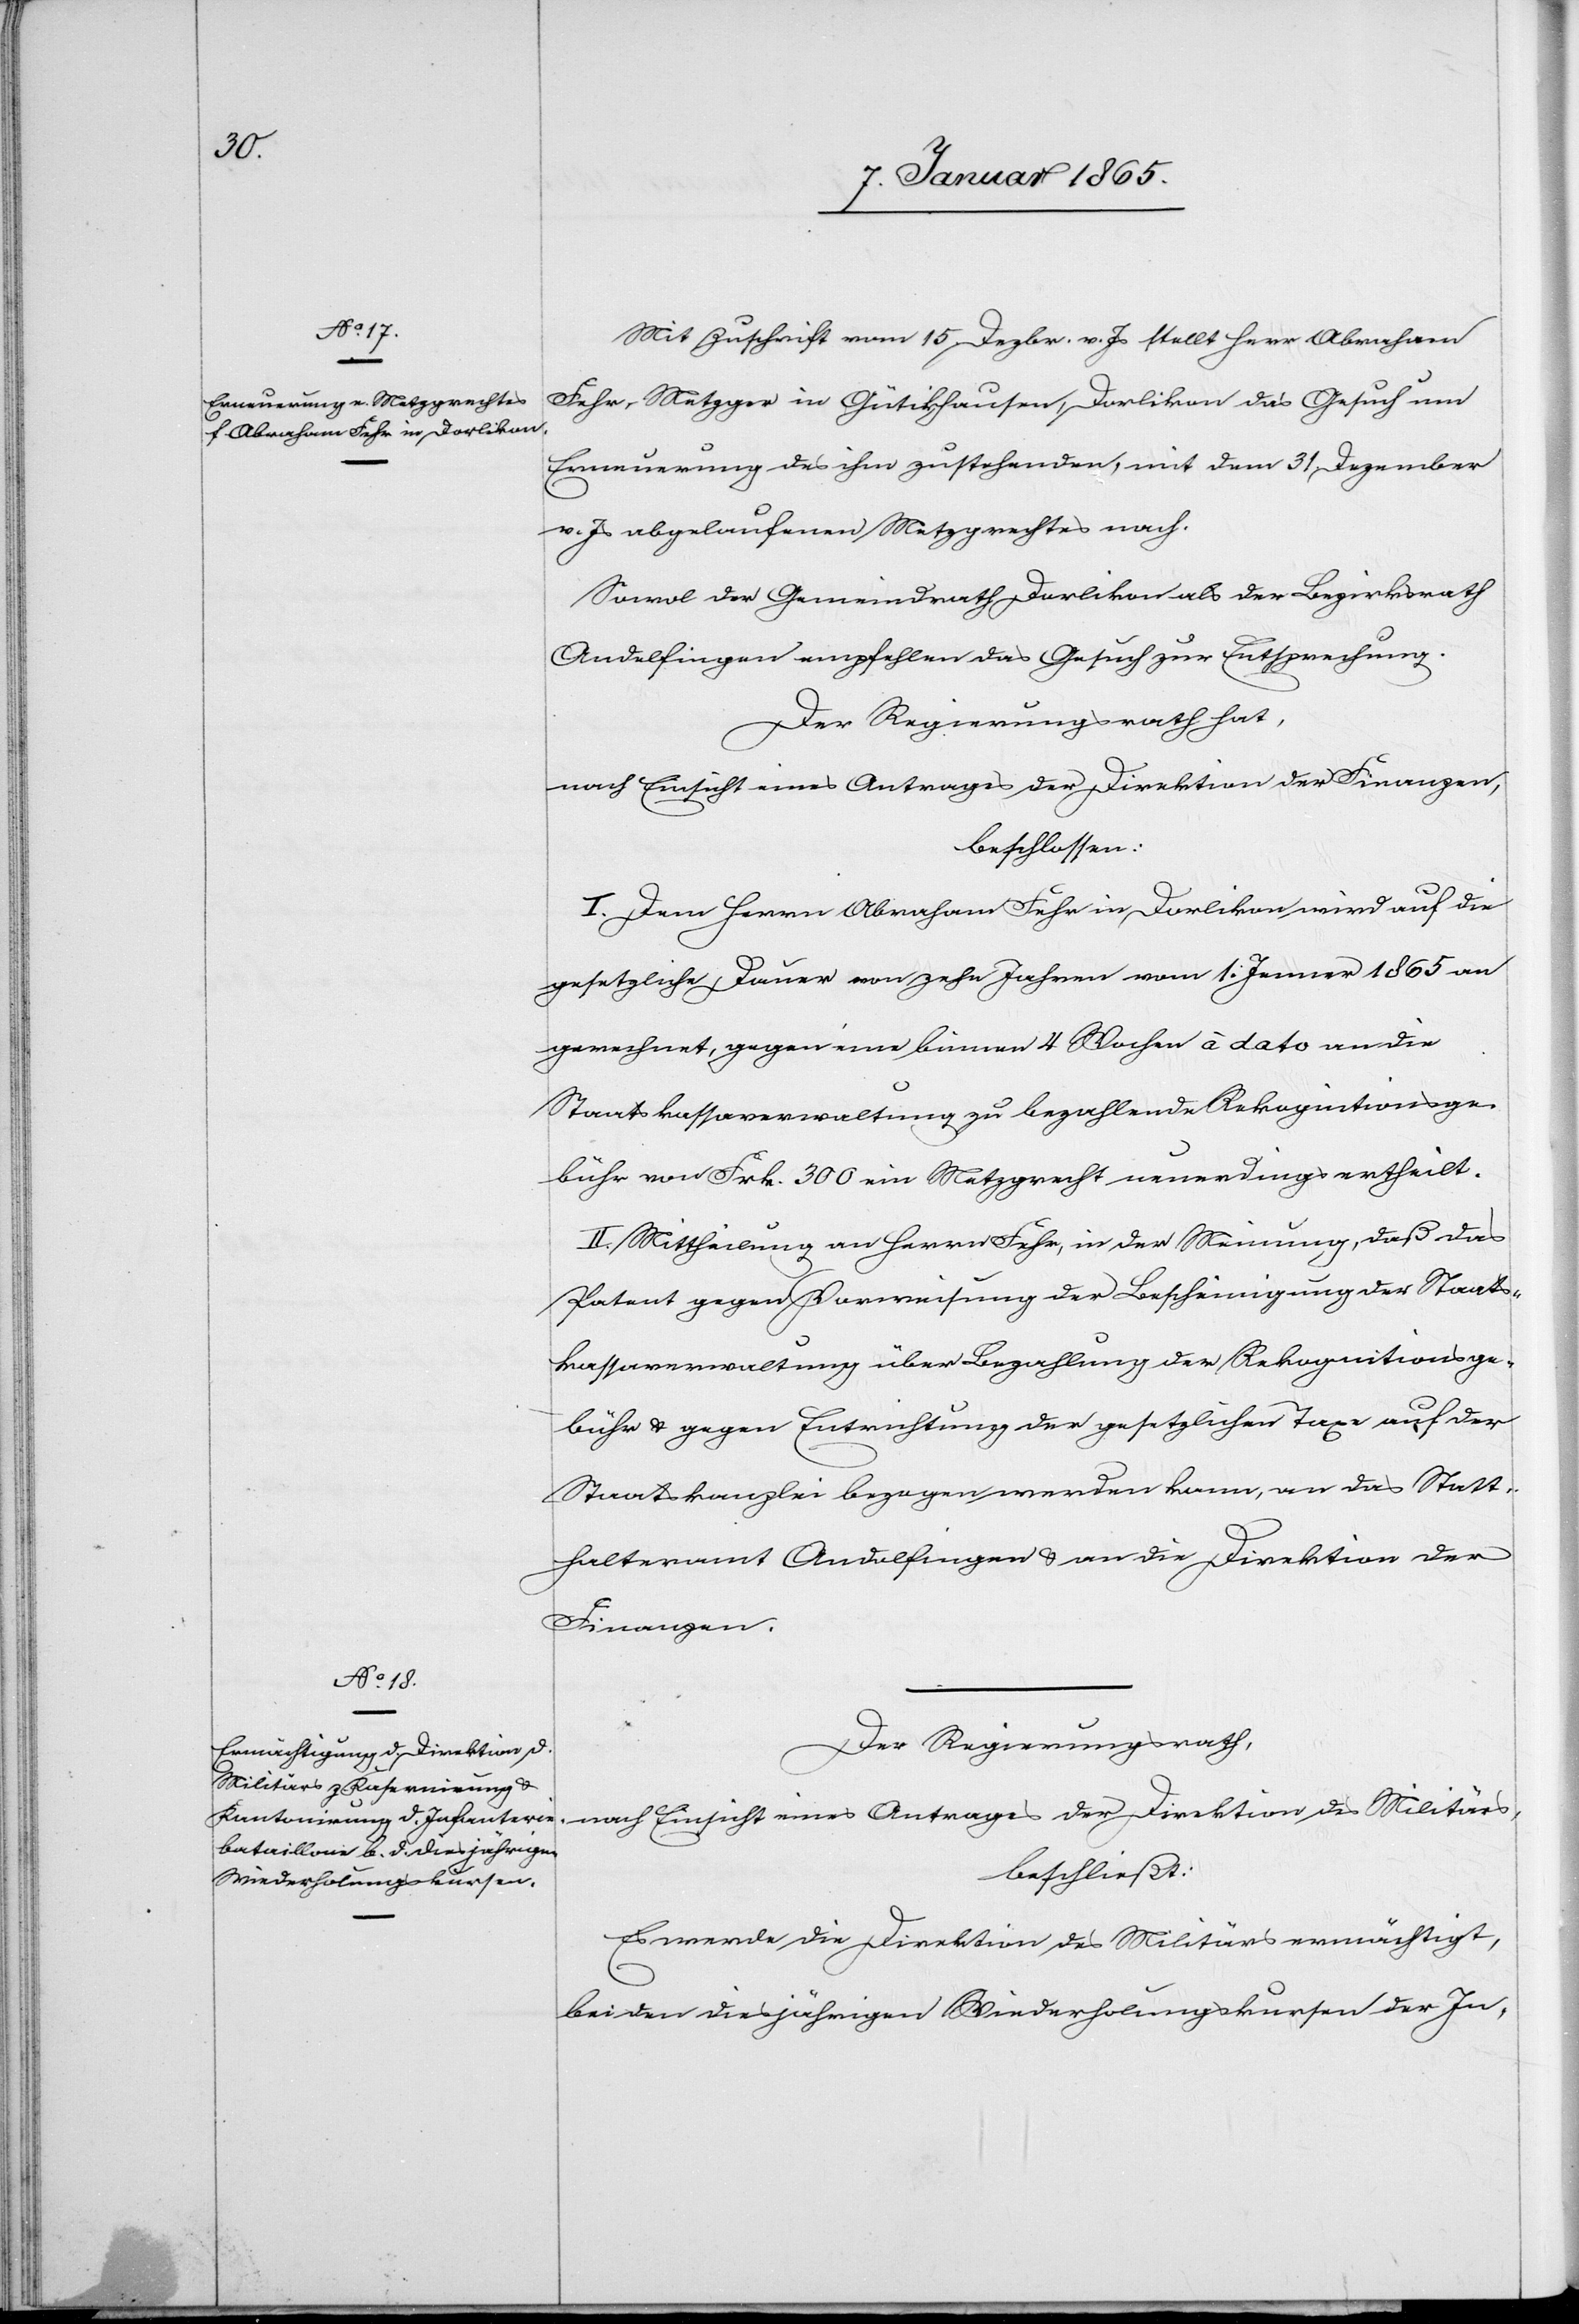
Mit Zuschrift vom 15. Dezbr. v. Js stellt Herr Abraham
Fehr, Metzger in Gütikhausen-Dorlikon das Gesuch um
Erneuerung des ihm zustehenden, mit dem 31 Dezember
v. Js abgelaufenen Metzgrechtes nach.
Sowol der Gemeindrath Dorlikon als der Bezirksrath
Andelfingen empfehlen das Gesuch zur Entsprechung.
Der Regierungsrath hat,
nach Einsicht eines Antrages der Direktion des Militärs,
beschlossen:
I. Dem Herrn Abraham Fehr in Dorlikon wird auf die
gesetzliche Dauer von zehn Jahren vom 1. Jenner 1865 an
gerechnet, gegen eine binnen 4 Wochen à dato an die
Staatskassaverwaltung zu bezahlende Rekognitionsge¬
bühr von Frk. 300 ein Metzgrecht neuerdings ertheilt.
II. Mittheilung an Herrn Fehr, in der Meinung, daß das
Patent gegen Vorweisung der Bescheinigung der Staats¬
kassaverwaltung über Bezahlung der Rekognitionsge¬
bühr u. gegen Entrichtung der gesetzlichen Taxe auf der
Staatskanzlei bezogen werden kann, an das Statt¬
halteramt Andelfingen u. an die Direktion der
Finanzen.
Der Regierungsrath,
beschließt:
Es werde die Direktion des Militärs ermächtigt,
bei den diesjährigen Wiederholungskursen der In-